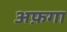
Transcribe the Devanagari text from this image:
अफ़गा